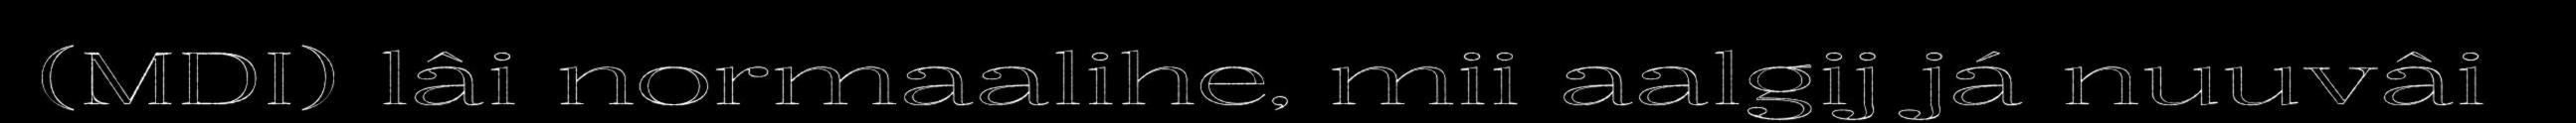
(MDI) lâi normaalihe, mii aalgij já nuuvâi